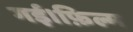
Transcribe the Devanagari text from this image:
गई।फ़िल्म